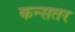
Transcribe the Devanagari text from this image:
कन्सतर